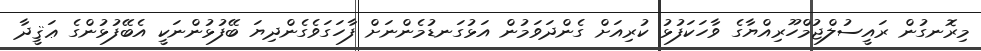
މިރޮނގުން ރައީސުލްޖުމްހޫރިއްޔާގެ ވާހަކަފުޅު ކުރިއަށް ގެންދަވަމުން އަޅުގަނޑުމެންނަށް ފާހަގަވެގެންދިޔަ ބޭފުޅުންނަކީ އެބޭފުޅުންގެ ޢަޤީދާ